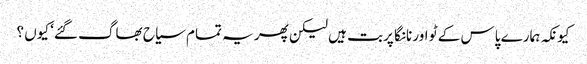
کیونکہ ہمارے پاس کے ٹو اور نانگا پربت ہیں لیکن پھر یہ تمام سیاح بھاگ گئے‘ کیوں ؟